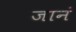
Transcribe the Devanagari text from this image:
जानं